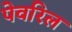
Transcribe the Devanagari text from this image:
पेवरिल